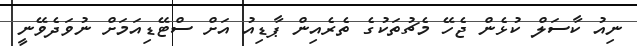
ނިއު ކާސަލް ކުޅެން ޖެހޭ މެޗުތަކުގެ ތެރެއިން ޕާޑިއު އަށް ސްޓޭޑިއަމަށް ނުވަދެވޭނީ